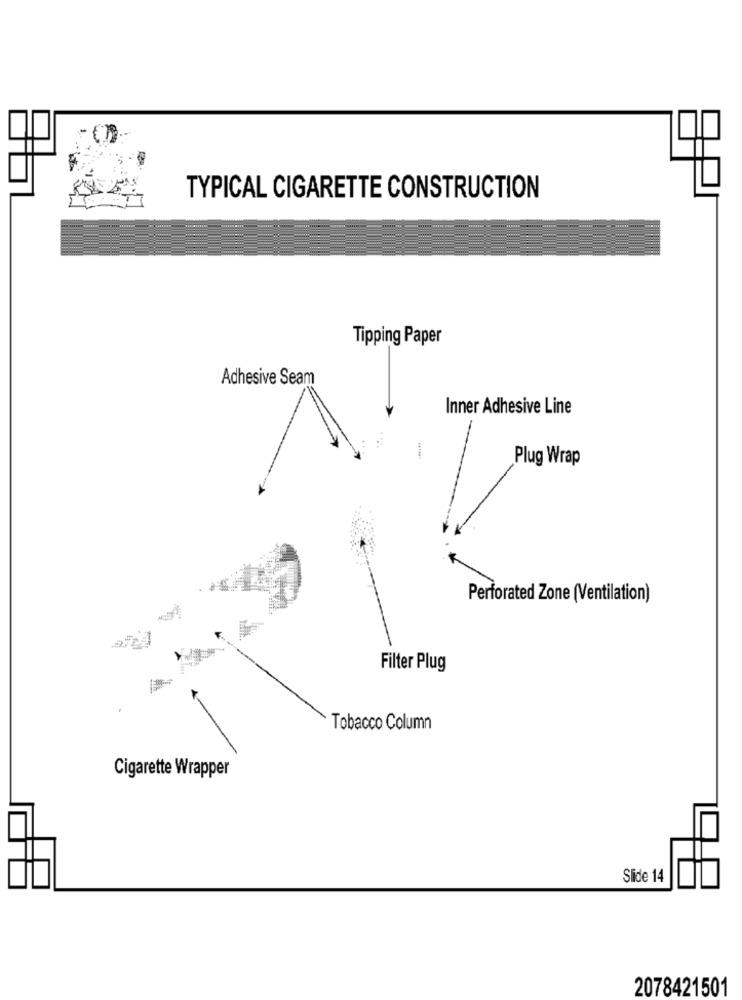
TYPICAL CIGARETTE CONSTRUCTION
Tipping Paper
Adhesive Seam
Inner Adhesive Line
Plug Wrap
Perforated Zone (Ventilation)
Filter Plug
Tobacco Column
Cigarette Wrapper
Slide 14
2078421501